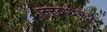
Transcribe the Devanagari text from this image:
।तत्तवार्थसूत्र